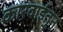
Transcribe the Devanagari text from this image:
कारवाईतून